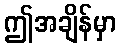
ဤအချိန်မှာ